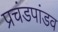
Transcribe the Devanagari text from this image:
प्रचंडपांडव